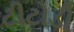
ટીટોડી